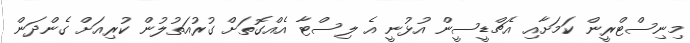
މިނިސްޓްރީން ކަމަށާއި އެޗްޑީސީން އުޅުނީ އެ ލިސްޓާ އެއްގޮތަށް ގުރުއަތުލުން ކުރިއަށް ގެންދަން